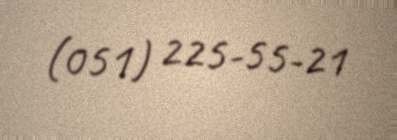
(051) 225-55-21